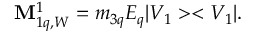
{ \bf M } _ { 1 q , W } ^ { 1 } = m _ { 3 q } E _ { q } | V _ { 1 } > < V _ { 1 } | .